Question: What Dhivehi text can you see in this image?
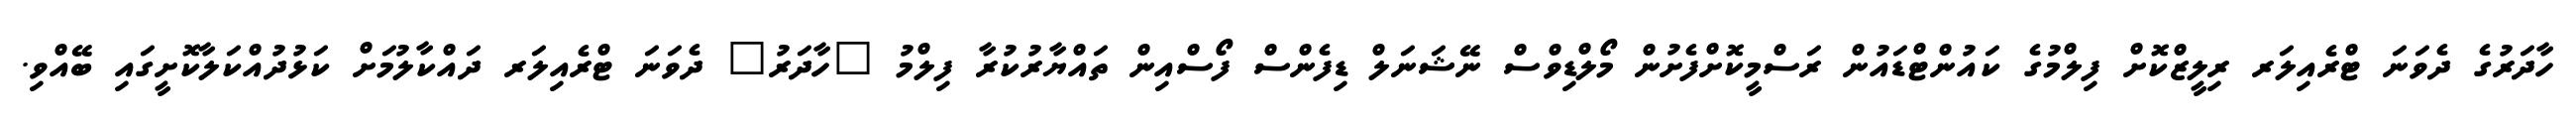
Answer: ހާދަރުގެ ދެވަނަ ޓްރެއިލަރ ރިލީޒްކޮށް ފިލްމުގެ ކައުންޓްޑައުން ރަސްމީކޮށްފެށުން މޯލްޑިވްސް ނޭޝަނަލް ޑިފެންސް ފޯސްއިން ތައްޔާރުކުރާ ފިލްމު "ހާދަރު" ދެވަނަ ޓްރެއިލަރ ދައްކާލުމަށް ކަޅުދުއްކަލާކޮށީގައި ބޭއްވި.